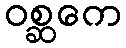
ဝစ္ဆကေ